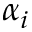
\alpha _ { i }